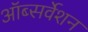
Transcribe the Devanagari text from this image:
ऑब्सर्वेशन